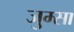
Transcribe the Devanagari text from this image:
जुम्सा